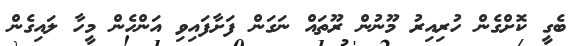
ބެގީ ކޮށްގެން ހުރިއިރު މޫނުން ރޫތައް ނަގަން ފަށާފައިވި އަންހެން މީހާ ލައިގެން